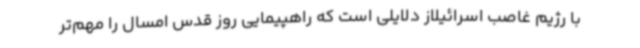
با رژیم غاصب اسرائیلاز دلایلی است که راهپیمایی روز قدس امسال را مهم‌تر